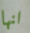
انها